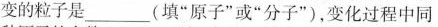
变的粒子是 ___ ( 填 ” 原子 ” 或 ” 分子 ” )，变化过程中同